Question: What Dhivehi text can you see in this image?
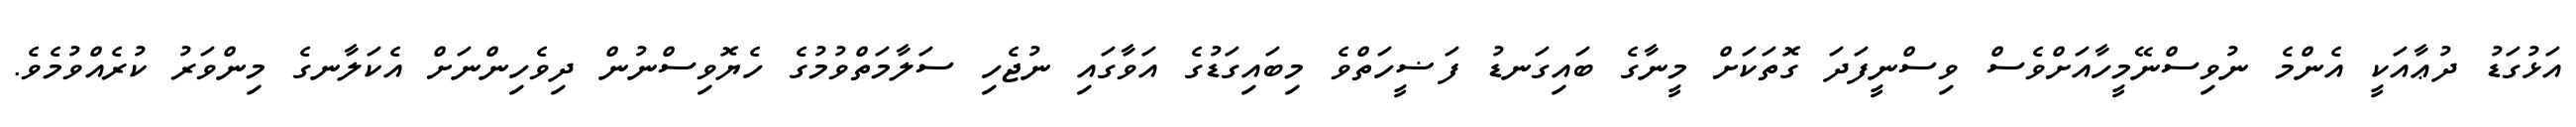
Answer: އަޅުގަޑު ދުޢާއަކީ އެންމެ ނުވިސްނޭމީހާއަށްވެސް ވިސްނީފަދަ ގޮތަކަށް މީނާގެ ބައިގަނޑު ފަޟީހަތްވެ މިބައިގަޑުގެ އަވާގައި ނުޖެހި ސަލާމަތްވުމުގެ ހެޔޮވިސްނުން ދިވެހިންނަށް އެކަލާނގެ މިންވަރު ކުރެއްވުމެވެ.